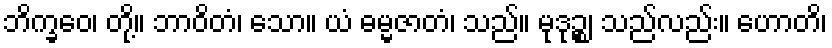
ဘိက္ခဝေ၊ တို့။ ဘာဝိတံ၊ သော။ ယံ ဓမ္မဇာတံ၊ သည်။ မုဒုဉ္စ၊ သည်လည်း။ ဟောတိ၊